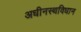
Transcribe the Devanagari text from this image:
अधीनस्थविधान